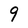
Character: 9